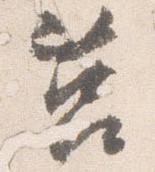
莒